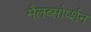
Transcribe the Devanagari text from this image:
मैलब्सोर्प्शन